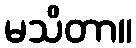
မသိတာ။